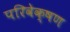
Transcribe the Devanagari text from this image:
परिवेक्षण